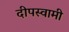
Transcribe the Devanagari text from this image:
दीपस्वामी